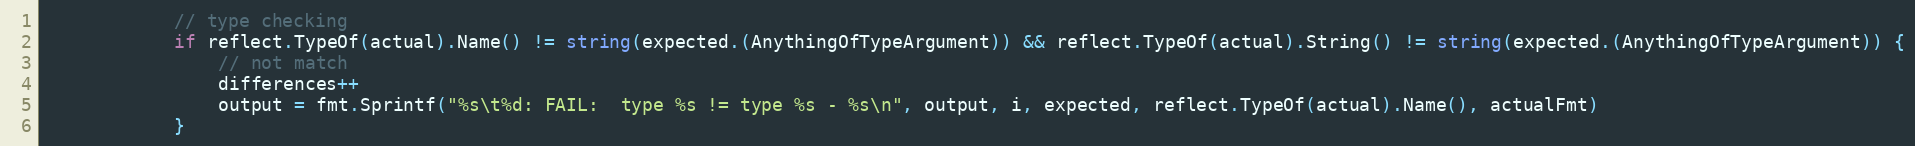
Language: Go
			// type checking
			if reflect.TypeOf(actual).Name() != string(expected.(AnythingOfTypeArgument)) && reflect.TypeOf(actual).String() != string(expected.(AnythingOfTypeArgument)) {
				// not match
				differences++
				output = fmt.Sprintf("%s\t%d: FAIL:  type %s != type %s - %s\n", output, i, expected, reflect.TypeOf(actual).Name(), actualFmt)
			}